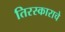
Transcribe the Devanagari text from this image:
तिरस्काराचे